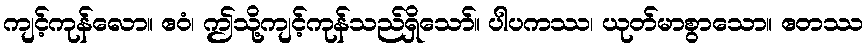
ကျင့်ကုန်လော။ ဧဝံ၊ ဤသို့ကျင့်ကုန်သည်ရှိသော်။ ပါပကဿ၊ ယုတ်မာစွာသော။ ဧတဿ